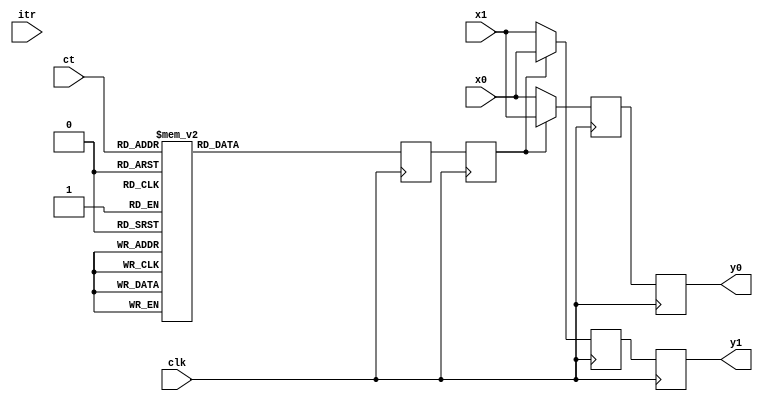
module swNet32252(itr, clk, ct
,       x0, y0
,       x1, y1
);
    parameter width = 32;
    input [4:0] ct;
    input clk;
    input [0:0] itr;
    input [width-1:0] x0;
    output [width-1:0] y0;
    reg  [width-1:0] y0;
    input [width-1:0] x1;
    output [width-1:0] y1;
    reg  [width-1:0] y1;
    wire [width-1:0] t0_0, t0_1;
    reg [width-1:0] t1_0, t1_1;
    reg [0:0] control;
    always @(posedge clk) begin
      case(ct)
        5'd0: control <= 1'b1;
        5'd1: control <= 1'b1;
        5'd2: control <= 1'b1;
        5'd3: control <= 1'b1;
        5'd4: control <= 1'b1;
        5'd5: control <= 1'b1;
        5'd6: control <= 1'b1;
        5'd7: control <= 1'b1;
        5'd8: control <= 1'b1;
        5'd9: control <= 1'b1;
        5'd10: control <= 1'b1;
        5'd11: control <= 1'b1;
        5'd12: control <= 1'b1;
        5'd13: control <= 1'b1;
        5'd14: control <= 1'b1;
        5'd15: control <= 1'b1;
        5'd16: control <= 1'b0;
        5'd17: control <= 1'b0;
        5'd18: control <= 1'b0;
        5'd19: control <= 1'b0;
        5'd20: control <= 1'b0;
        5'd21: control <= 1'b0;
        5'd22: control <= 1'b0;
        5'd23: control <= 1'b0;
        5'd24: control <= 1'b0;
        5'd25: control <= 1'b0;
        5'd26: control <= 1'b0;
        5'd27: control <= 1'b0;
        5'd28: control <= 1'b0;
        5'd29: control <= 1'b0;
        5'd30: control <= 1'b0;
        5'd31: control <= 1'b0;
      endcase
   end
   reg [0:0] control0;
    always @(posedge clk) begin
       control0 <= control;
    end
    assign t0_0 = x0;
    assign t0_1 = x1;
   always @(posedge clk) begin
         t1_0 <= (control0[0] == 0) ? t0_0 : t0_1;
         t1_1 <= (control0[0] == 0) ? t0_1 : t0_0;
   end
    always @(posedge clk) begin
        y0 <= t1_0;
        y1 <= t1_1;
    end
endmodule